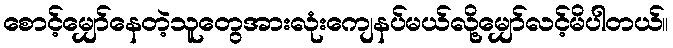
စောင့်မျှော်နေတဲ့သူတွေအားလုံးကျေနပ်မယ်လို့မျှော်လင့်မိပါတယ်။